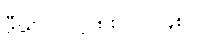
ဒီဃ-၂-ဋ္ဌ-၈၈-ပါ-၄၈။